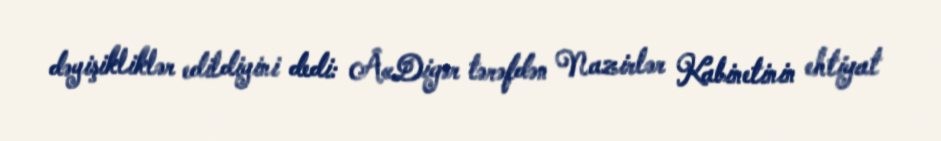
dəyişikliklər edildiyini dedi: Â«Digər tərəfdən Nazirlər Kabinetinin ehtiyat